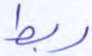
ربط